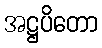
အဋ္ဌပိတော